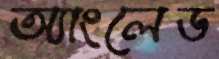
অ্যাংলেড